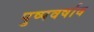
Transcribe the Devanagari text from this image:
पुष्पवर्षाव